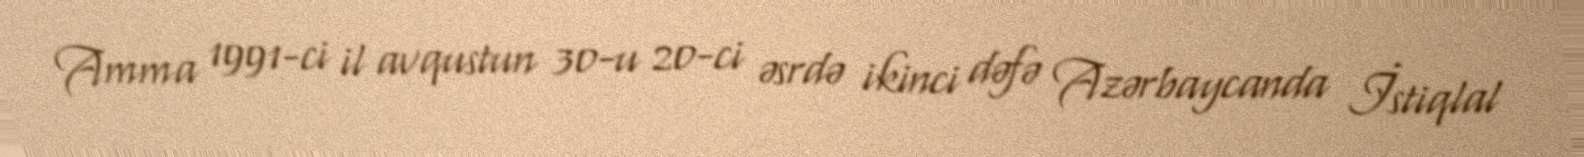
Amma 1991-ci il avqustun 30-u 20-ci əsrdə ikinci dəfə Azərbaycanda İstiqlal